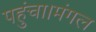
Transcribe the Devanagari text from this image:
पहुंचा।मंगल